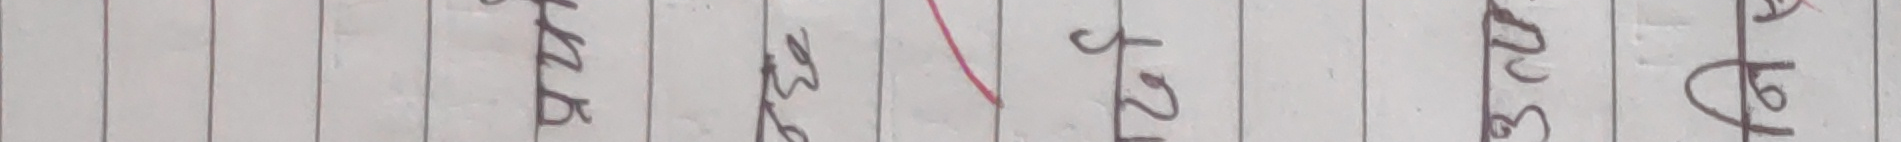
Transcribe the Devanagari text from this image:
छ के ३२९६